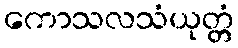
ကောသလသံယုတ္တံ